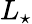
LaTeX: L_{\star}